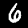
Digit: 6